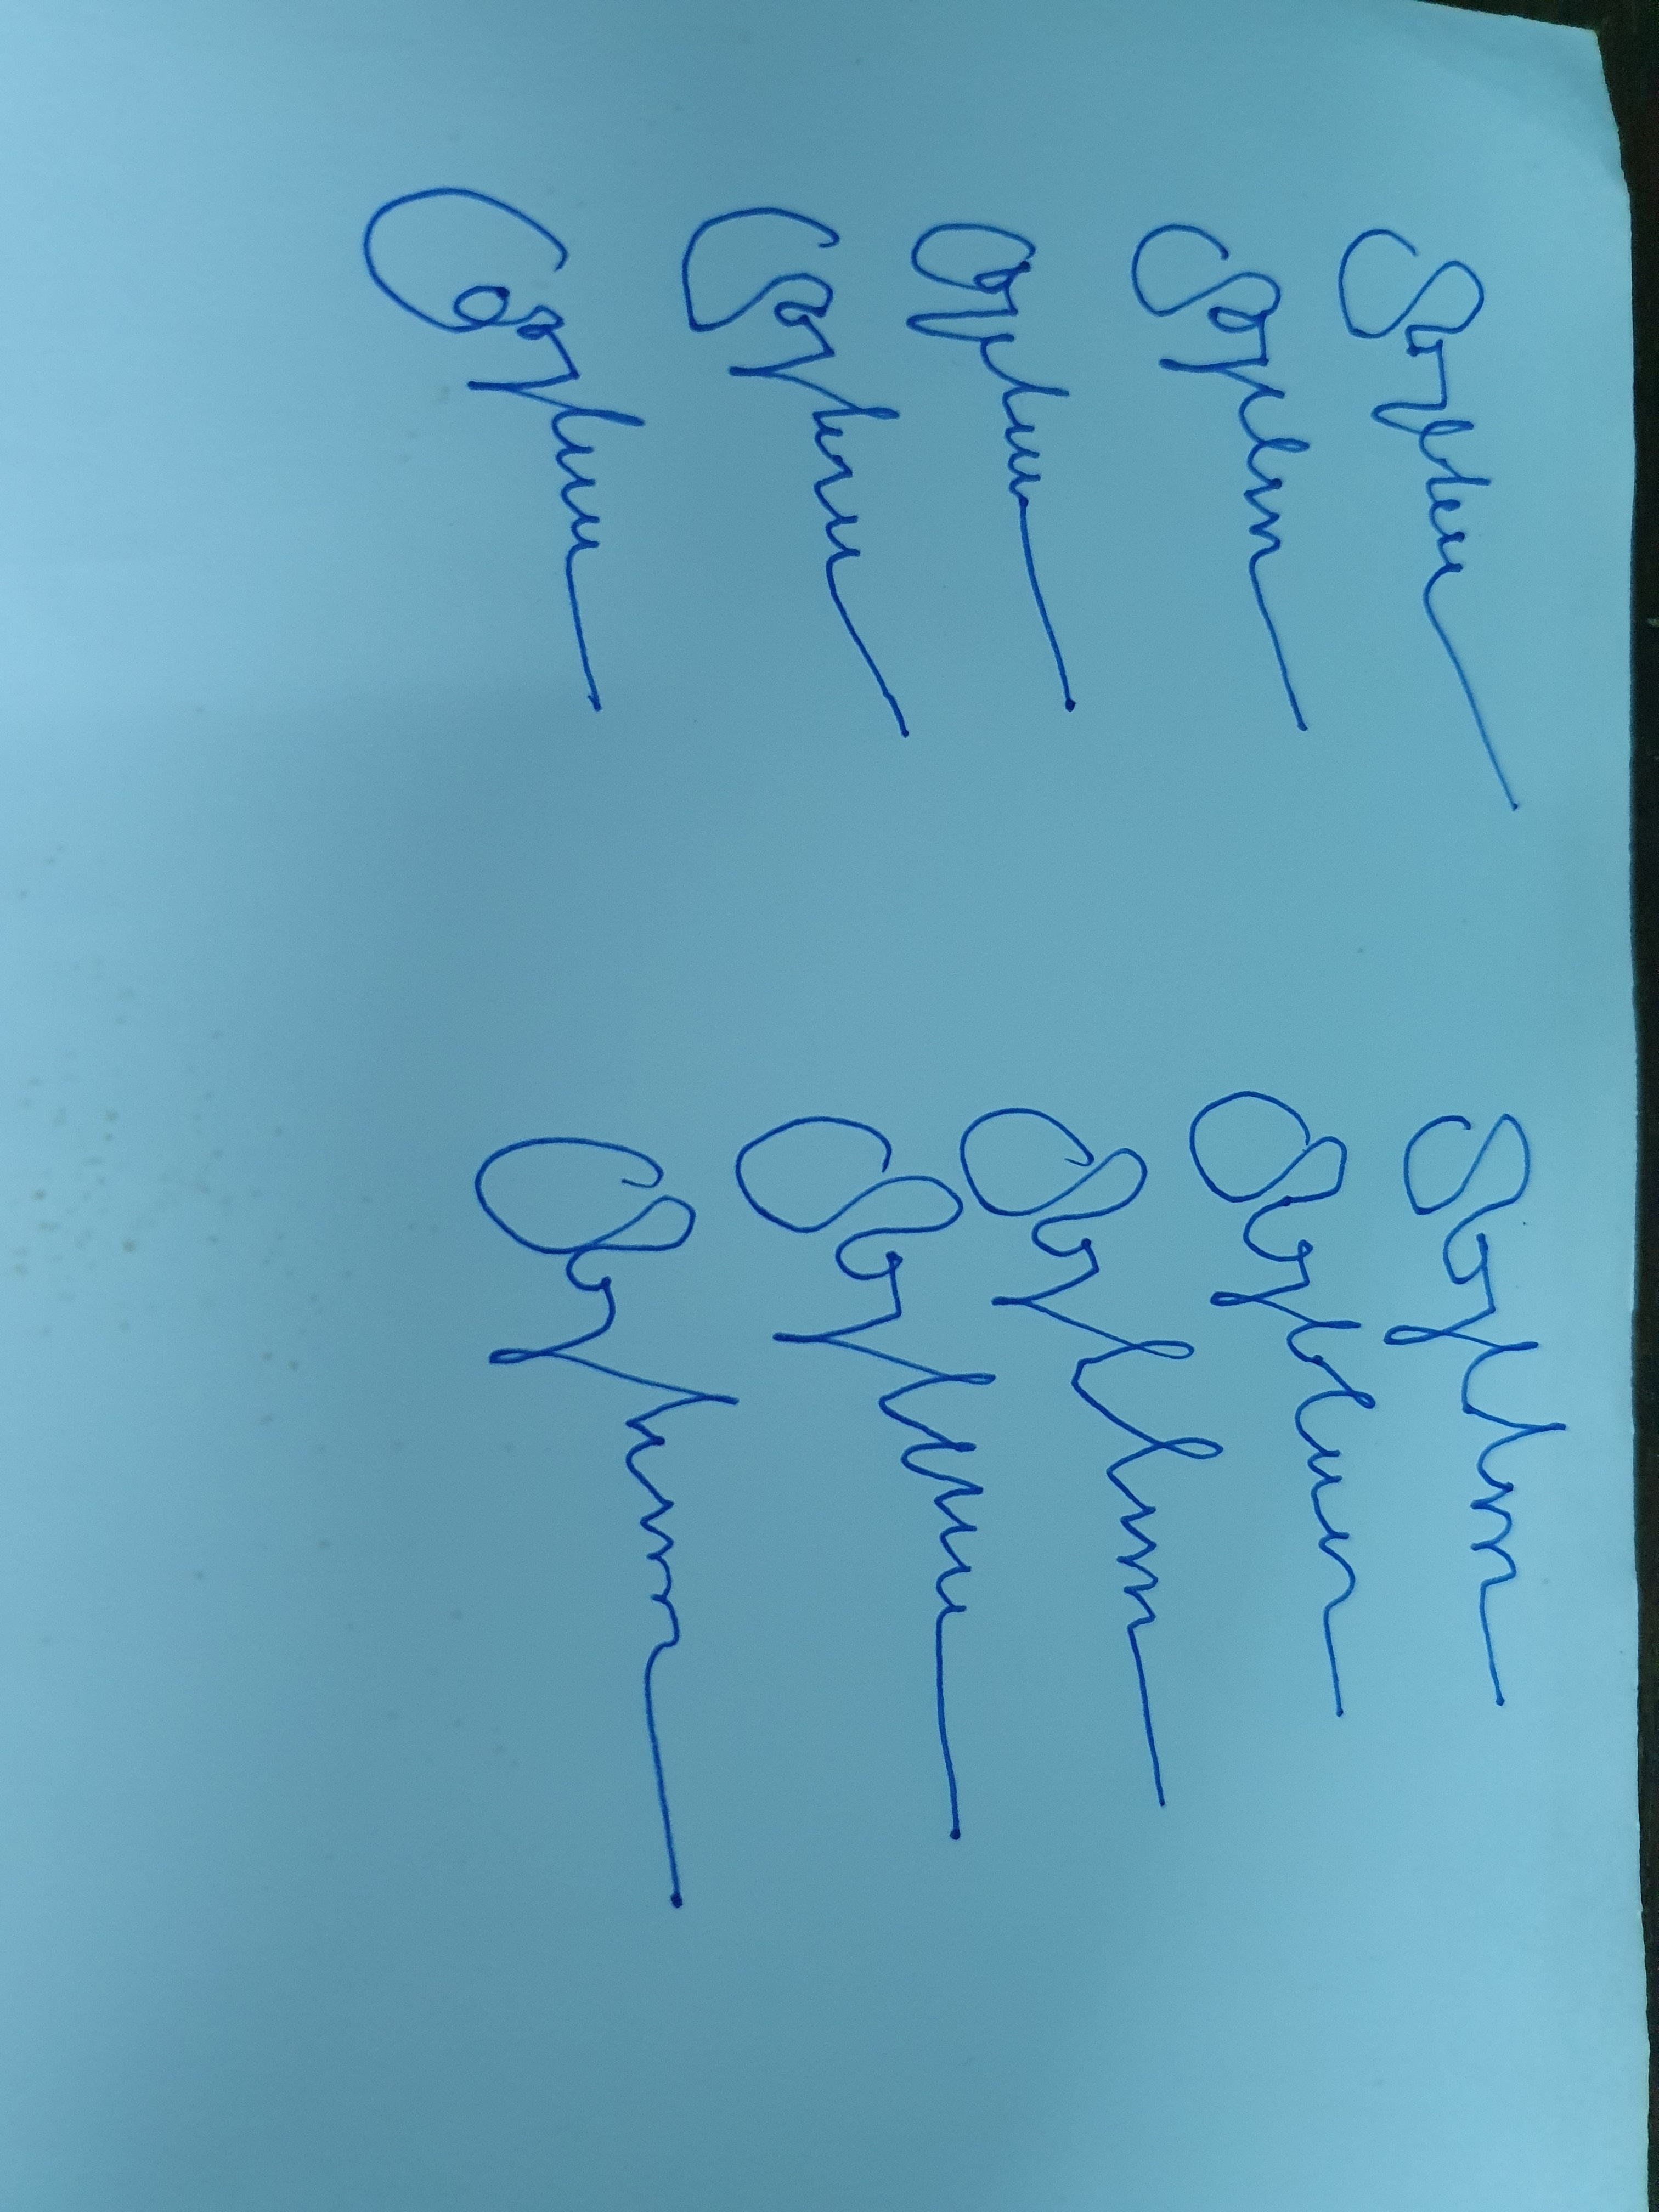
Signature authenticity: forged